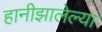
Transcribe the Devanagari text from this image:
हानीझालेल्या